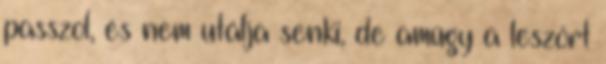
passzol, és nem utálja senki, de amúgy a leszórt